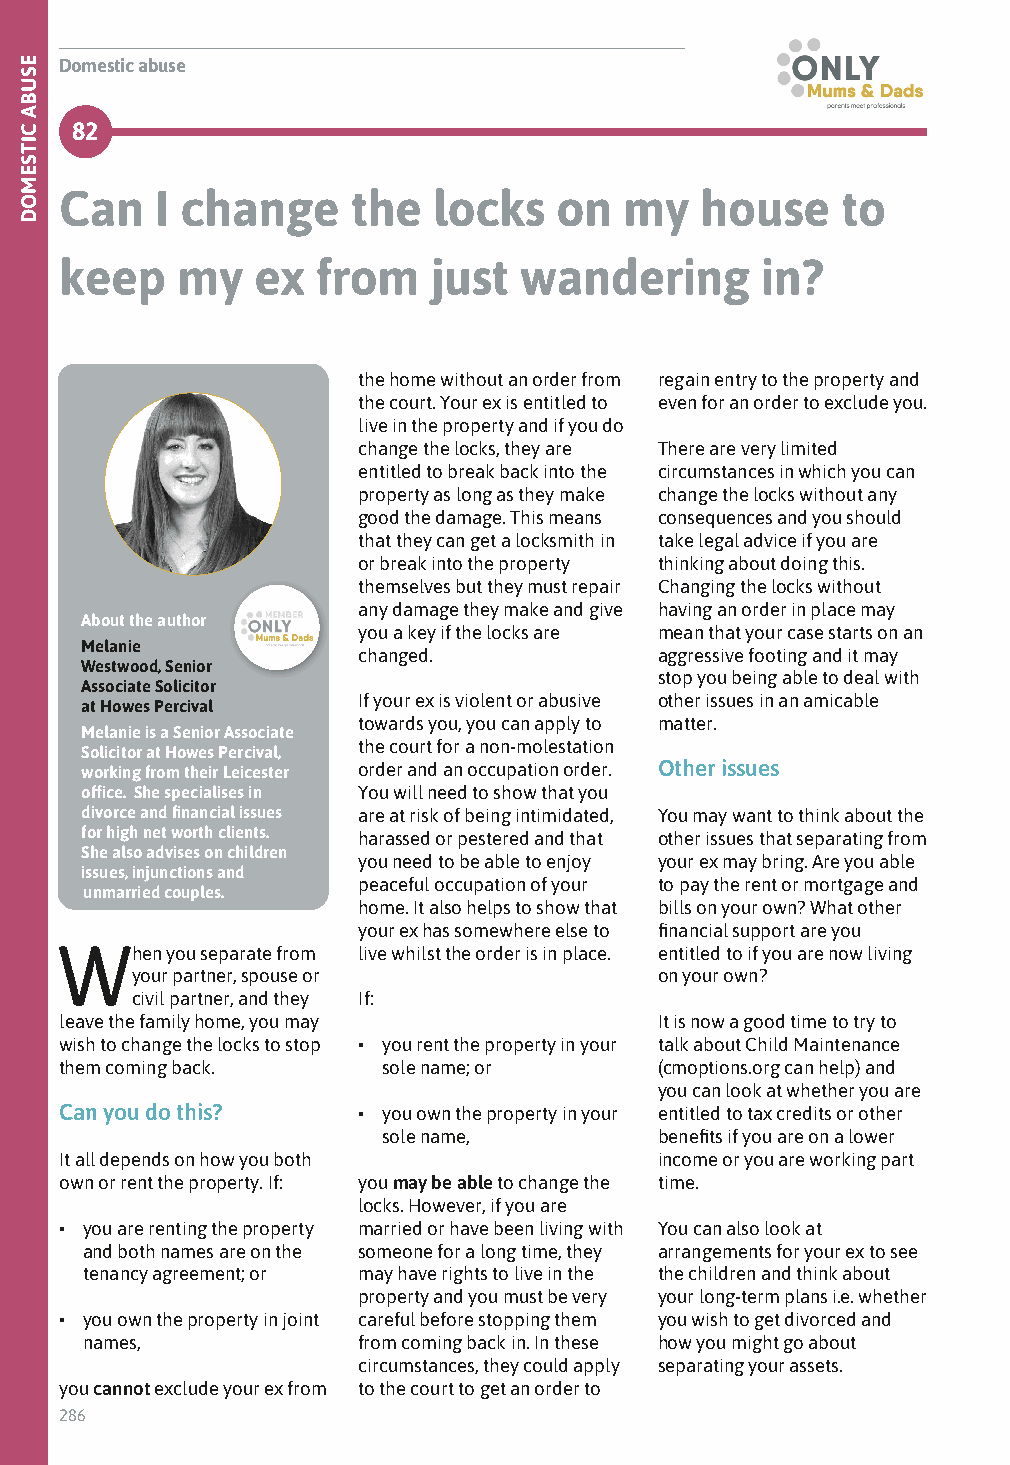
Domestic abuse
 82
 Can   I change     the   locks   on  my   house     to
 keep    my   ex  from    just wandering       in?
 the home without an order from regain entry to the property and
 the court. Your ex is entitled to even for an order to exclude you.
 live in the property and if you do
 change the locks, they are There are very limited
 entitled to break back into the circumstances in which you can
 property as long as they make change the locks without any
 good the damage. This means consequences and you should
 that they can get a locksmith in take legal advice if you are
 or break into the property thinking about doing this.
 themselves but they must repair Changing the locks without
 any damage they make and give having an order in place may
 About the author
 you a key if the locks are mean that your case starts on an
 Melanie
 changed.            aggressive footing and it may
 Westwood, Senior
 stop you being able to deal with
 Associate Solicitor
 If your ex is violent or abusive other issues in an amicable
 at Howes Percival
 towards you, you can apply to matter.
 Melanie is a Senior Associate
 the court for a non-molestation
 Solicitor at Howes Percival,
 working from their Leicester order and an occupation order. Other issues
 office. She specialises in You will need to show that you
 divorce and financial issues are at risk of being intimidated, You may want to think about the
 for high net worth clients. harassed or pestered and that other issues that separating from
 She also advises on children
 you need to be able to enjoy your ex may bring. Are you able
 issues, injunctions and
 peaceful occupation of your to pay the rent or mortgage and
 unmarried couples.
 home. It also helps to show that bills on your own? What other
 your ex has somewhere else to financial support are you
 When   you separate from live whilst the order is in place. entitled to if you are now living
 your partner, spouse or            on your own?
 civil partner, and they If:
 leave the family home, you may          It is now a good time to try to
 wish to change the locks to stop • you rent the property in your talk about Child Maintenance
 them coming back.    sole name; or      (cmoptions.org can help) and
 you can look at whether you are
 Can you do this?    • you own the property in your entitled to tax credits or other
 sole name,         benefits if you are on a lower
 It all depends on how you both          income or you are working part
 own or rent the property. If: you may be able to change the time.
 locks. However, if you are
 • you are renting the property married or have been living with You can also look at
 and both names are on the someone for a long time, they arrangements for your ex to see
 tenancy agreement; or may have rights to live in the the children and think about
 property and you must be very your long-term plans i.e. whether
 • you own the property in joint careful before stopping them you wish to get divorced and
 names,             from coming back in. In these how you might go about
 circumstances, they could apply separating your assets.
 you cannot exclude your ex from to the court to get an order to
 286
 ESUBA
 CITSEMOD